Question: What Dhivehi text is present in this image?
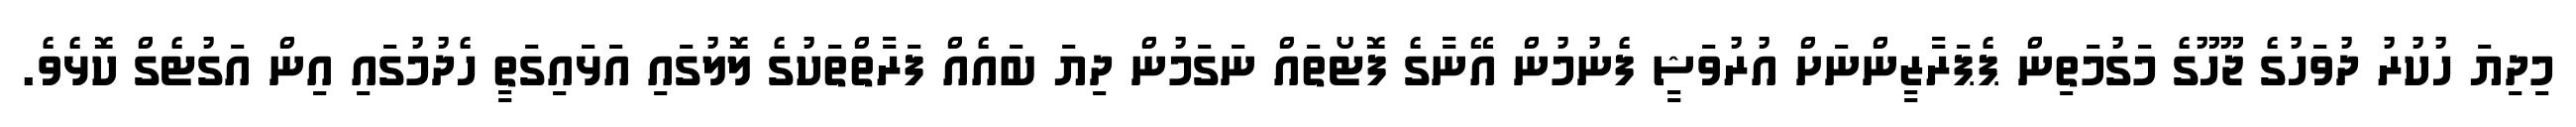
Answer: މިދިޔަ ހުކުރު ދުވަހުގެ ޖޫހޫގެ މަގުމަތިން ޕެޕަރާޒީންނަށް އުރުވަޝީ ފެނުމުން އޭނާގެ ފޮޓޯތައް ނަގަމުން ދިޔަ ބައެއް ފަރާތްތަކުގެ ލޮލުގައި އަޅައިގަތީ ހެދުމުގައި އިން އަގުޓެގް ކޮޅެވެ.